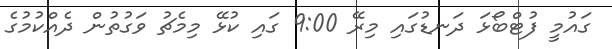
ގައުމީ ފުޓްބޯޅަ ދަނޑުގައި މިރޭ 9:00 ގައި ކުޅޭ މިމެޗު ވަގުތުން ދެއްކުމުގެ